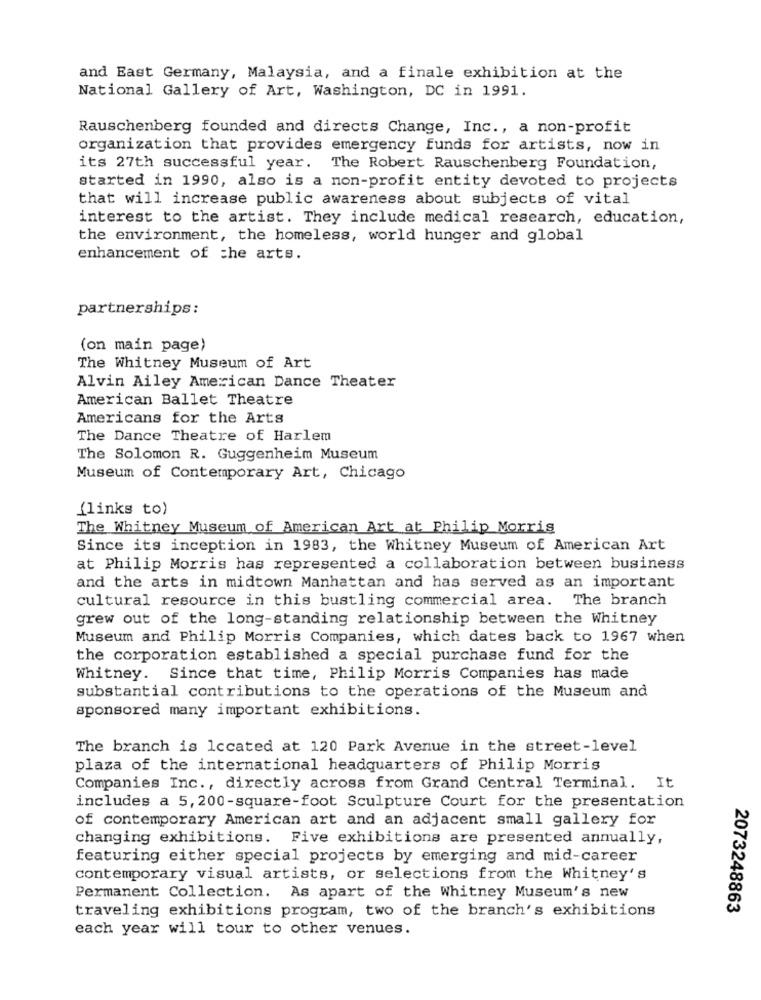
and East Germany, Malaysia, and a finale exhibition at the
National Gallery of Art, Washington, DC in 1991.
Rauschenberg founded and directs Change, Inc ., a non-profit
organization that provides emergency funds for artists, now in
its 27th successful year. The Robert Rauschenberg Foundation,
started in 1990, also is a non-profit entity devoted to projects
that will increase public awareness about subjects of vital
interest to the artist. They include medical research, education,
the environment, the homeless, world hunger and global
enhancement of the arts.
partnerships:
(on main page)
The Whitney Museum of Art
Alvin Ailey American Dance Theater
American Ballet Theatre
Americans for the Arts
The Dance Theatre of Harlem
The Solomon R. Guggenheim Museum
Museum of Contemporary Art, Chicago
(links to)
The Whitney Museum of American Art at Philip Morris
Since its inception in 1983, the Whitney Museum of American Art
at Philip Morris has represented a collaboration between business
and the arts in midtown Manhattan and has served as an important
cultural resource in this bustling commercial area. The branch
grew out of the long-standing relationship between the Whitney
Museum and Philip Morris Companies, which dates back to 1967 when
the corporation established a special purchase fund for the
Whitney. Since that time, Philip Morris Companies has made
substantial contributions to the operations of the Museum and
sponsored many important exhibitions.
The branch is located at 120 Park Avenue in the street-level
plaza of the international headquarters of Philip Morris
Companies Inc ., directly across from Grand Central Terminal. It
includes a 5, 200-square-foot Sculpture Court for the presentation
of contemporary American art and an adjacent small gallery for
changing exhibitions. Five exhibitions are presented annually,
featuring either special projects by emerging and mid-career
contemporary visual artists, or selections from the Whitney's
Permanent Collection. As apart of the Whitney Museum's new
traveling exhibitions program, two of the branch's exhibitions
2073248863
each year will tour to other venues.